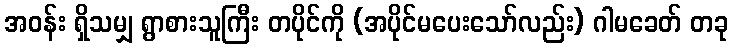
အဝန်း ရှိသမျှ ရွာစားသူကြီး တပိုင်ကို (အပိုင်မပေးသော်လည်း) ဂါမခေတ် တခု